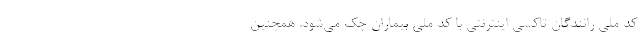
کد ملی رانندگان تاکسی اینترنتی با کد ملی بیماران چک می‌شود. همچنین